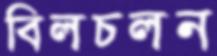
বিলচলন